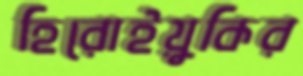
হিরোইয়ুকির